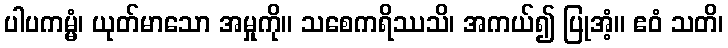
ပါပကမ္မံ၊ ယုတ်မာသော အမှုကို။ သစေကရိဿသိ၊ အကယ်၍ ပြုအံ့။ ဧဝံ သတိ၊